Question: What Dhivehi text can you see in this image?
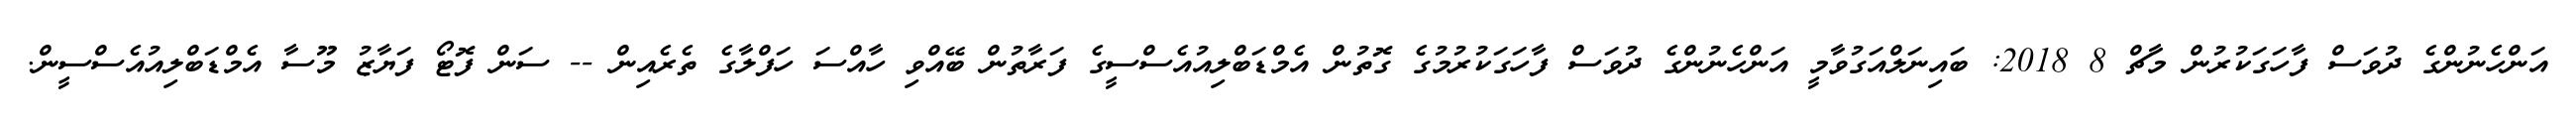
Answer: އަންހެނުންގެ ދުވަސް ފާހަގަކުރުން މާޗް 8 2018: ބައިނަލްއަގުވާމީ އަންހެނުންގެ ދުވަސް ފާހަގަކުރުމުގެ ގޮތުން އެމްޑަބްލިއުއެސްސީގެ ފަރާތުން ބޭއްވި ހާއްސަ ހަފްލާގެ ތެރެއިން -- ސަން ފޮޓޯ ފަޔާޒު މޫސާ އެމްޑަބްލިއުއެސްސީން.